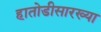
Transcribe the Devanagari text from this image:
हातोडीसारख्या